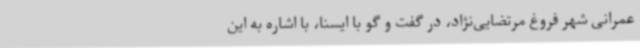
عمرانی شهر فروغ مرتضایی‌نژاد، در گفت و گو با ایسنا، با اشاره به این